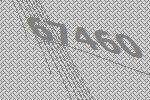
67460